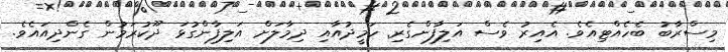
މިސްރާބު ބެހެއްޓިއެވެ. އެއިރު ވެސް އަލިފާންގެރި